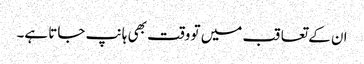
ان کے تعاقب میں تو وقت بھی ہانپ جاتا ہے۔